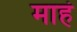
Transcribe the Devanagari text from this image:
माहं